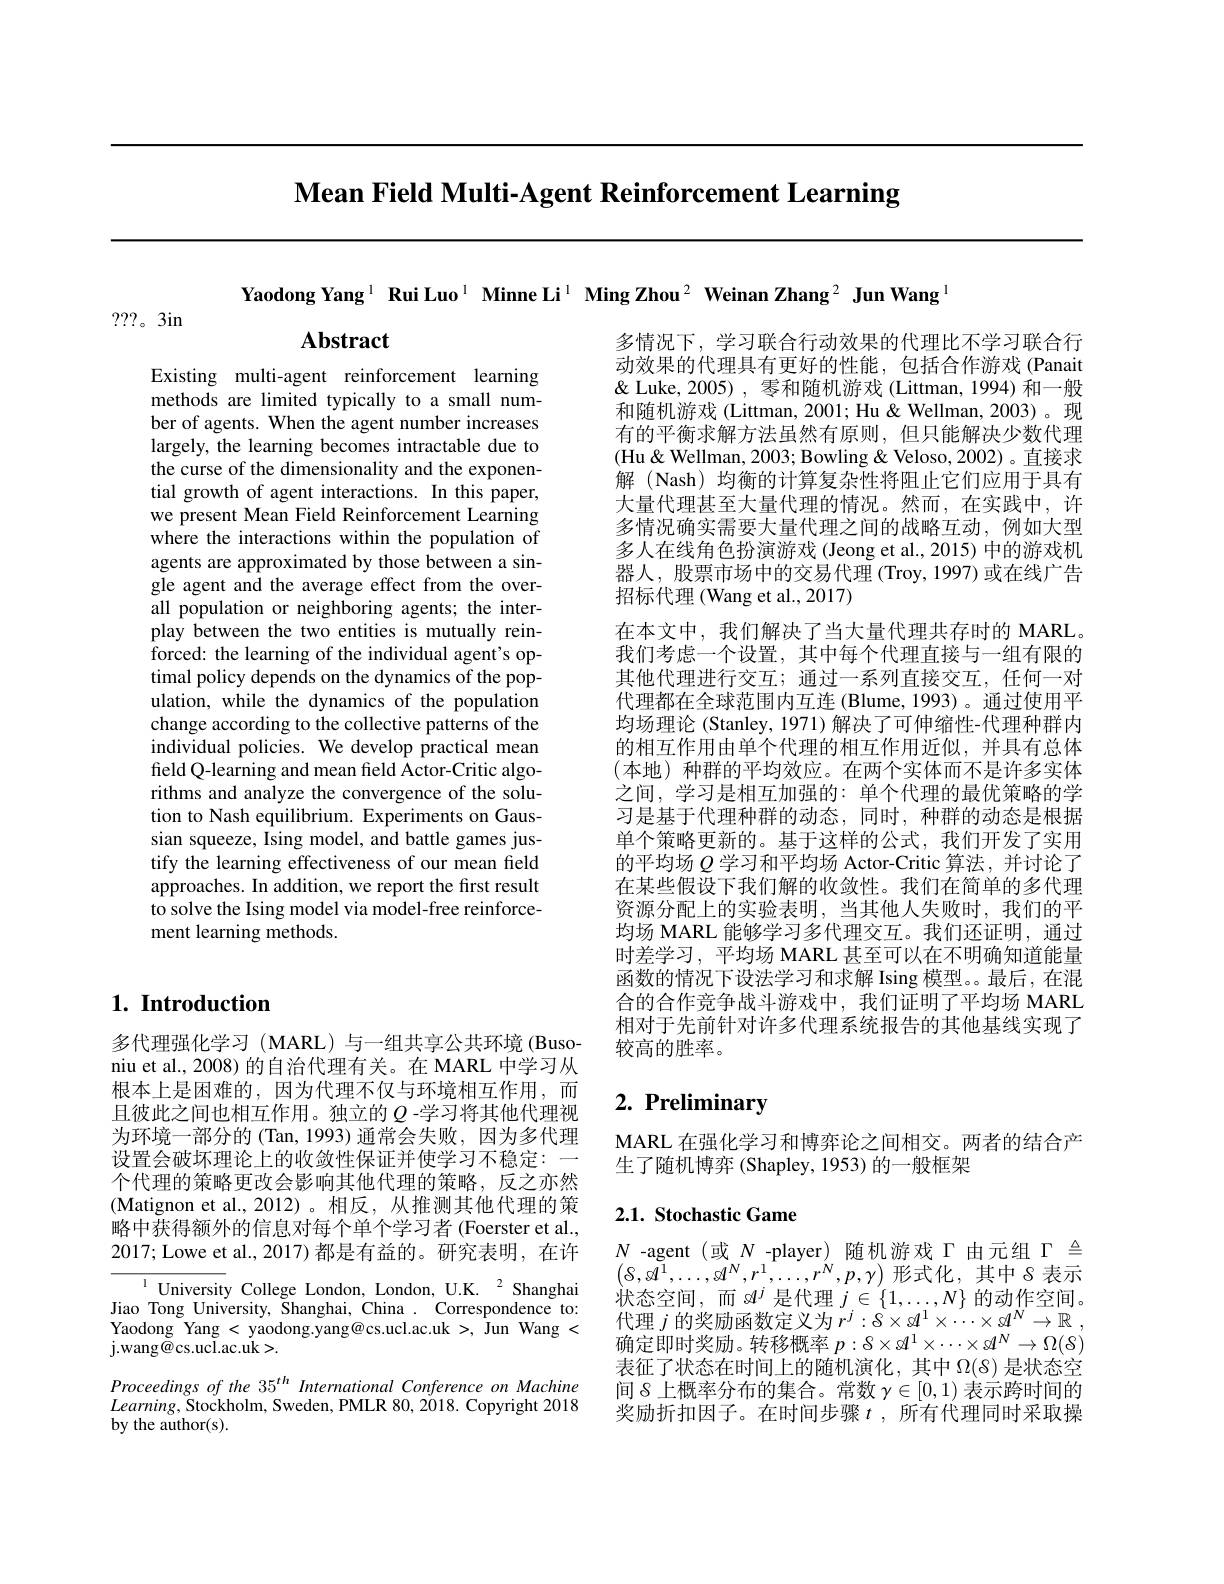
Mean Field Multi-Agent Reinforcement Learning

Yaodong Yang $^1\textbf{Rui Luo}^{1}\textbf{ Minne Li}^{1}\textbf{ Ming Zhou}^{2}\textbf{ Weinan Zhang}^{2}\textbf{ Jun Wang}^{1}$

???。3in

$\mathbf{Abstract}$

Existing multi-agent reinforcement learning methods are limited typically to a small number of agents. When the agent number increases largely, the learning becomes intractable due to the curse of the dimensionality and the exponential growth of agent interactions. In this paper, we present Mean Field Reinforcement Learning where the interactions within the population of agents are approximated by those between a single agent and the average effect from the overall population or neighboring agents; the interplay between the two entities is mutually reinforced: the learning of the individual agent's optimal policy depends on the dynamics of the population, while the dynamics of the population change according to the collective patterns of the individual policies. We develop practical mean field Q-learning and mean field Actor-Critic algorithms and analyze the convergence of the solution to Nash equilibrium. Experiments on Gaussian squeeze, Ising model, and battle games justify the learning effectiveness of our mean field approaches. In addition, we report the first result to solve the Ising model via model-free reinforcement learning methods.

多情况下，学习联合行动效果的代理比不学习联合行动效果的代理具有更好的性能，包括合作游戏 (Panait $\&$ Luke, 2005), 零和随机游戏 (Littman, 1994) 和一般和随机游戏 (Littman, 2001; Hu & Wellman, 2003)。现有的平衡求解方法虽然有原则，但只能解决少数代理(Hu&Wellman, 2003; Bowling & Veloso, 2002)。直接求解 (Nash) 均衡的计算复杂性将阻止它们应用于具有大量代理甚至大量代理的情况。然而，在实践中，许多情况确实需要大量代理之间的战略互动，例如大型多人在线角色扮演游戏 (Jeong et al., 2015) 中的游戏机器人，股票市场中的交易代理(Troy,1997)或在线广告招标代理 (Wang et al., 2017)
在本文中，我们解决了当大量代理共存时的 MARL。我们考虑一个设置，其中每个代理直接与一组有限的其他代理进行交互；通过一系列直接交互，任何一对代理都在全球范围内互连 (Blume,1993)。通过使用平均场理论 (Stanley, 1971) 解决了可伸缩性-代理种群内的相互作用由单个代理的相互作用近似，并具有总体(本地)种群的平均效应。在两个实体而不是许多实体之间，学习是相互加强的：单个代理的最优策略的学习是基于代理种群的动态，同时，种群的动态是根据单个策略更新的。基于这样的公式，我们开发了实用的平均场$Q$学习和平均场 Actor-Critic 算法，并讨论了在某些假设下我们解的收敛性。我们在简单的多代理资源分配上的实验表明，当其他人失败时，我们的平均场 MARL 能够学习多代理交互。我们还证明，通过时差学习，平均场 MARL 甚至可以在不明确知道能量函数的情况下设法学习和求解 Ising 模型。。最后，在混合的合作竞争战斗游戏中，我们证明了平均场 MARL 相对于先前针对许多代理系统报告的其他基线实现了较高的胜率。

## $1. \textbf{ Introduction}$

# 2. Preliminary

MARL 在强化学习和博弈论之间相交。两者的结合产
生了随机博弈 (Shapley, 1953) 的一般框架

## 2.1. Stochastic Game

多代理强化学习 (MARL) 与一组共享公共环境 (Busoniu et al., 2008) 的自治代理有关。在 MARL 中学习从根本上是困难的，因为代理不仅与环境相互作用，而且彼此之间也相互作用。独立的$Q$ -学习将其他代理视为环境一部分的 (Tan, 1993) 通常会失败，因为多代理设置会破坏理论上的收敛性保证并使学习不稳定：一个代理的策略更改会影响其他代理的策略，反之亦然(Matignon et al.,2012)。相反，从推测其他代理的策略中获得额外的信息对每个单个学习者 (Foerster et al., 2017;Lowe et al., 2017)都是有益的。研究表明，在许
$^{1}$ University College London, London, U.K.$^2$ Shanghai Jiao Tong University, Shanghai, China . Correspondence to: Yaodong Yang < yaodong.yang@cs.ucl.ac.uk >, Jun Wang < j. wang$\bar{@ }$cs.ucl.ac.uk>.
Proceedings of the 35$^{th}$ International Conference on Machine $Learning$,Stockholm, Sweden, PMLR 80, 2018. Copyright 2018 by the author(s).

$N$ -agent (或$N$ -player) 随机游戏$\Gamma$由元组$\Gamma\triangleq$ $(8,{\mathcal{A}}^{1},\ldots,{\mathcal{A}}^{N},r^{1},\ldots,r^{N},p,\gamma)$ 形式化，其中8 表示状态空间，而$s^j$是代理$j\in\{1,\ldots,N\}$的动作空间。代理$j$的奖励函数定义为$r^j: \delta \times \mathcal{A} ^1\times \cdots \times \mathcal{A} ^N\to \mathbb{R}$ , 确定即时奖励。转移概率$p:\delta\times\mathcal{A}^1\times\cdots\times\mathcal{A}^N\to\Omega(\delta)$ 表征了状态在时间上的随机演化，其中$\Omega(8)$是状态空间 8 上概率分布的集合。常数$\gamma\in[0,1)$表示跨时间的奖励折扣因子。在时间步骤$t$,所有代理同时采取操